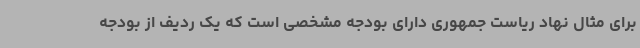
برای مثال نهاد ریاست جمهوری دارای بودجه مشخصی است که یک ردیف از بودجه